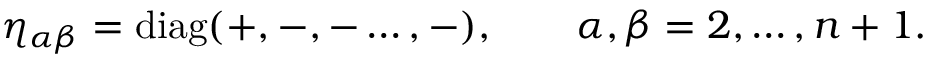
\eta _ { \alpha \beta } = \mathrm { d i a g } ( + , - , - \dots , - ) , ~ ~ ~ \quad \alpha , \beta = 2 , \dots , n + 1 .